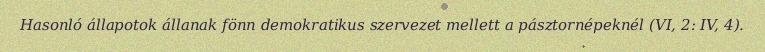
Hasonló állapotok állanak fönn demokratikus szervezet mellett a pásztornépeknél (VI, 2: IV, 4).